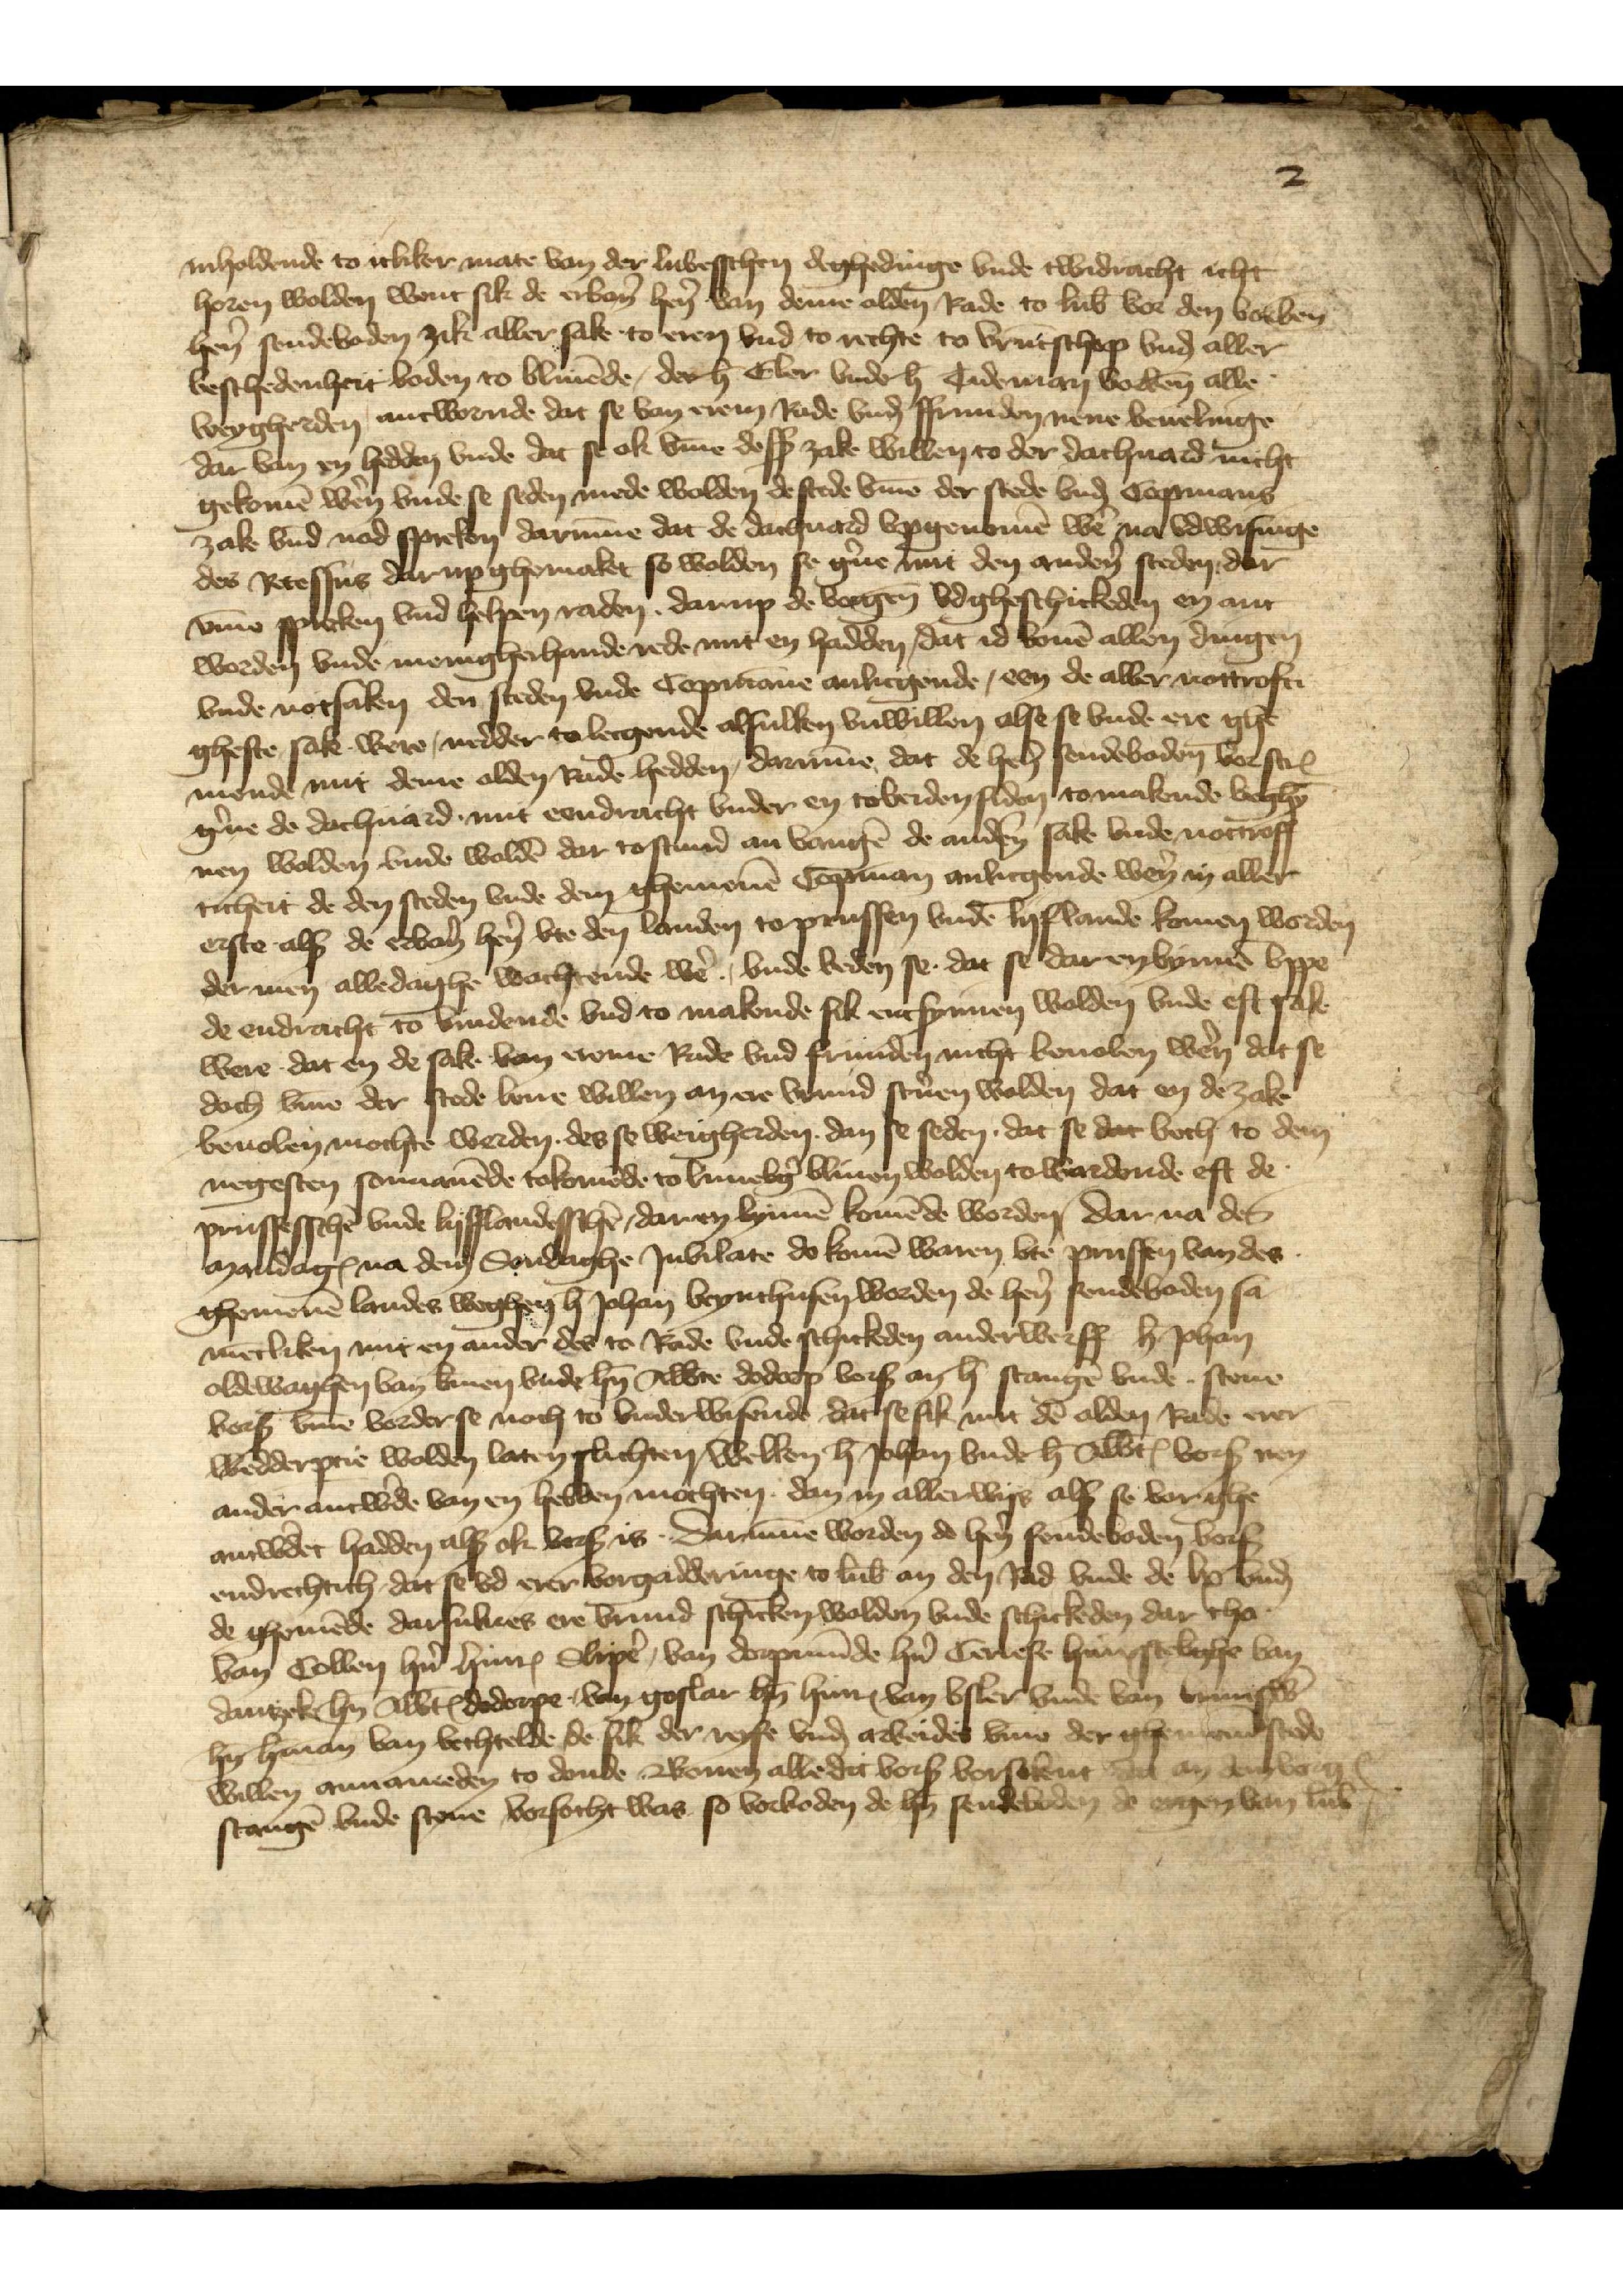
2

inholdende to itliker mate van der Lubesschen deghedinge vnde twidracht icht
horen wolden went sik de erbản hẻn van deme alden Rade to Lub̄ vor den vorben̄
hẻn sendeboden zik aller sake to eren vnd to rechte to vrūtschop vnd aller
beschedenheit boden to bliuēde, der h̉ Eler vnde h̉ Tideman vorben̄ alle
weygherden antwornde dat se van erem Rade vnḑ ffrunden nene beuelinge
dar van en hedden vnde dat se ok vm̄e desß zake willen to der dachuard nicht
gekomē wẻn vnde se seden mede wolden de stede vm̄e der stede vnḑ Copmans
zake vnd nod spreken darūme dat de dachuard vpgenomē wẻ na vdwisinge
des Recessus dar up ghemaket so wolden se g̉ne mit den andẻn steden dar
vm̄e spreken vnd helpen raden darup de vorgen̄ vdgheschickeden en ant¬
worden vnde menigherhande rede mit en hadden, dat id bouē allen dingen
vnde notsaken den steden vnde Copmāne anliegende, een de aller nottrofti¬
gheste sake were, nedder to lecgende alsulken vnwillen alse se vnde ere ghe¬
mende mit deme alden Rade hedden, darūme dat de hẻn sendeboden vorscrꝬ
g̉ne de dachuard mit eendracht vnder en to beiden siden to makende beghȳ¬
nen wolden vnde woldē dar tostund an vangē de andẻn sake vnde notroff¬
ticheit de den steden vnde dem ghemenē Copman anliegende wẻn in aller
erste als de ebản hẻn vte den landen to Prussen vnde Lyflande komen worden
der men alledaghe wachtende wẻ, vnde beden se dat se dar en bynnē vppe
de endracht to bundende vnd to makende sik entsynnen wolden vnde eft sake
were dat en de sake van ereme Rade vnd frunden nicht beuolen wẻn dat se
doch v̄me der stede leue willen an ere vrund sc̉uen wolden dat en de zake
beuolen mochte werden des se weigherden dan se seden, dat se dat beth to dem
negesten sonnauēde tokomēde to Lunebg̉ bliuen wolden to wardende eft de
Prussesschē vnde Lyfflandesschē, daren bynnē komēde worden, dar na des
mandagꝬ na dem Sondaghe Jubilate do komē waren vte Prussen van des
ghemenē landes weghen h̉ Johan Beynchusen worden de hẻn sendeboden sa¬
mētliken mit en ander des to Rade vnde schickeden anderwerff h̉ Johan
Oldewaghen van B̉men vnde h̉n Alb̉te Dodorp vorß an h̉ Stangē vnde Stene
vorß v̄me vorderse noch to vnderwisende dat se sik mit dē olden Rade erer
wedderꝑtie wolden laten slichten, welken h̉ Johan vnde h̉ Alb̉tꝬ vorß nen
ander antw̉de van en hebben mochten dan in allerwys alß se vor ghe¬
anw̉det hadden alß ok vorß is darūme worden de hẻn sendeboden vorß
endrechtich, dat se vd erer vorgadderinge to Lub̄ an den Rad vnde de lx vnḑ
de ghemēde darsulues ere vrund schicken wolden vnde schickeden dar tho
van Collen hn̉ HinrꝬ Slipẻ, van Dorpmūde hn̉ Ceriese Hinxsteb̉ghe van
Dantzeke hn̉ Alb̉tꝬ Dodorpe, van Goslar hn̉ HinrꝬ van Vsler vnde van Brunsw̉
hn̉ H̉man van Vechtelde, de sik der reyse vnḑ arbeides vme der ghemenē stede
willen annameden to donde Bouen alle dit vorß vorsokent dat an dem vorgꝬ
Stangē vnde Stene vorsocht was so vorboden de hn̉ sendeboden de ergen̄ van Lub̄